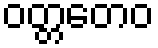
ဝတ္တတေဝ